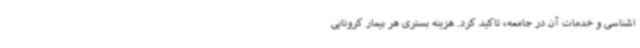
اشناسی و خدمات آن در جامعه، تاکید کرد. هزینه بستری هر بیمار کرونایی